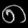
Digit: ၈